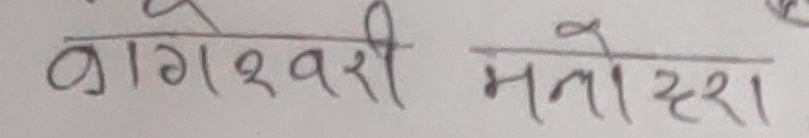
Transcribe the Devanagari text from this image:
बागेश्वरी मनोहरा